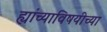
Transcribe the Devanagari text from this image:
ह्यांच्याविषयीच्या